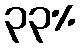
၃၃%